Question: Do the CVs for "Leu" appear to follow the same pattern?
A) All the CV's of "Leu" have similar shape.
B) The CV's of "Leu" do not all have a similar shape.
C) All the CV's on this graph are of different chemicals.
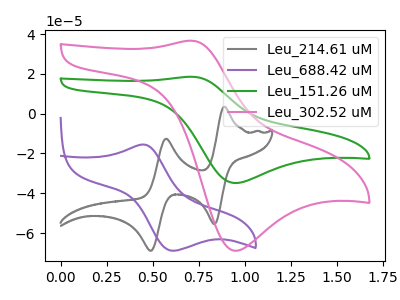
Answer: <think>The gray curve "Leu_214.61 uM" has anodic peaks at (0.90V, 3.45uA) (0.55V, -12.60uA) and cathodic peaks at (0.85V, -55.55uA) (0.50V, -68.90uA). The purple curve "Leu_688.42 uM" has an anodic peak at (0.45V, -15.55uA) and a cathodic peak at (0.60V, -68.90uA). The green curve "Leu_151.26 uM" has an anodic peak at (0.70V, 18.55uA) and a cathodic peak at (0.95V, -34.85uA). The pink curve "Leu_302.52 uM" has an anodic peak at (0.70V, 36.65uA) and a cathodic peak at (0.95V, -68.90uA).
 "Leu_214.61 uM" and "Leu_688.42 uM" have a different number of peaks. "Leu_214.61 uM" and "Leu_151.26 uM" have a different number of peaks. "Leu_214.61 uM" and "Leu_302.52 uM" have a different number of peaks. "Leu_688.42 uM" and "Leu_151.26 uM" have at least one peak that do not match. "Leu_688.42 uM" and "Leu_302.52 uM" have at least one peak that do not match. All the peaks in "Leu_151.26 uM" have a peak in "Leu_302.52 uM" at the same potential. Every peak in "Leu_151.26 uM" is lower than every peak in "Leu_302.52 uM".</think>
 <answer>A) All the CV's of "Leu" have similar shape.</answer>
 <eval>A</eval>